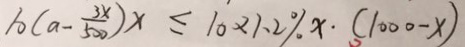
1 0 ( a - \frac { 3 x } { 5 0 0 } ) x \leq 1 0 \times 1 . 2 \% x \cdot ( 1 0 0 0 - x )